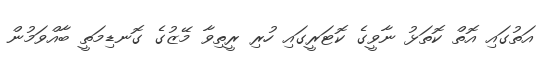
އަތުގައި އޮތް ކޮތަޅު ނާވީގެ ކޮޓަރީގައި ހުރި ރީތިވާ މޭޒުގެ ގޮނޑިމަތީ ބާއްވަމުން